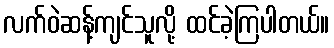
လက်ဝဲဆန့်ကျင်သူလို့ ထင်ခဲ့ကြပါတယ်။